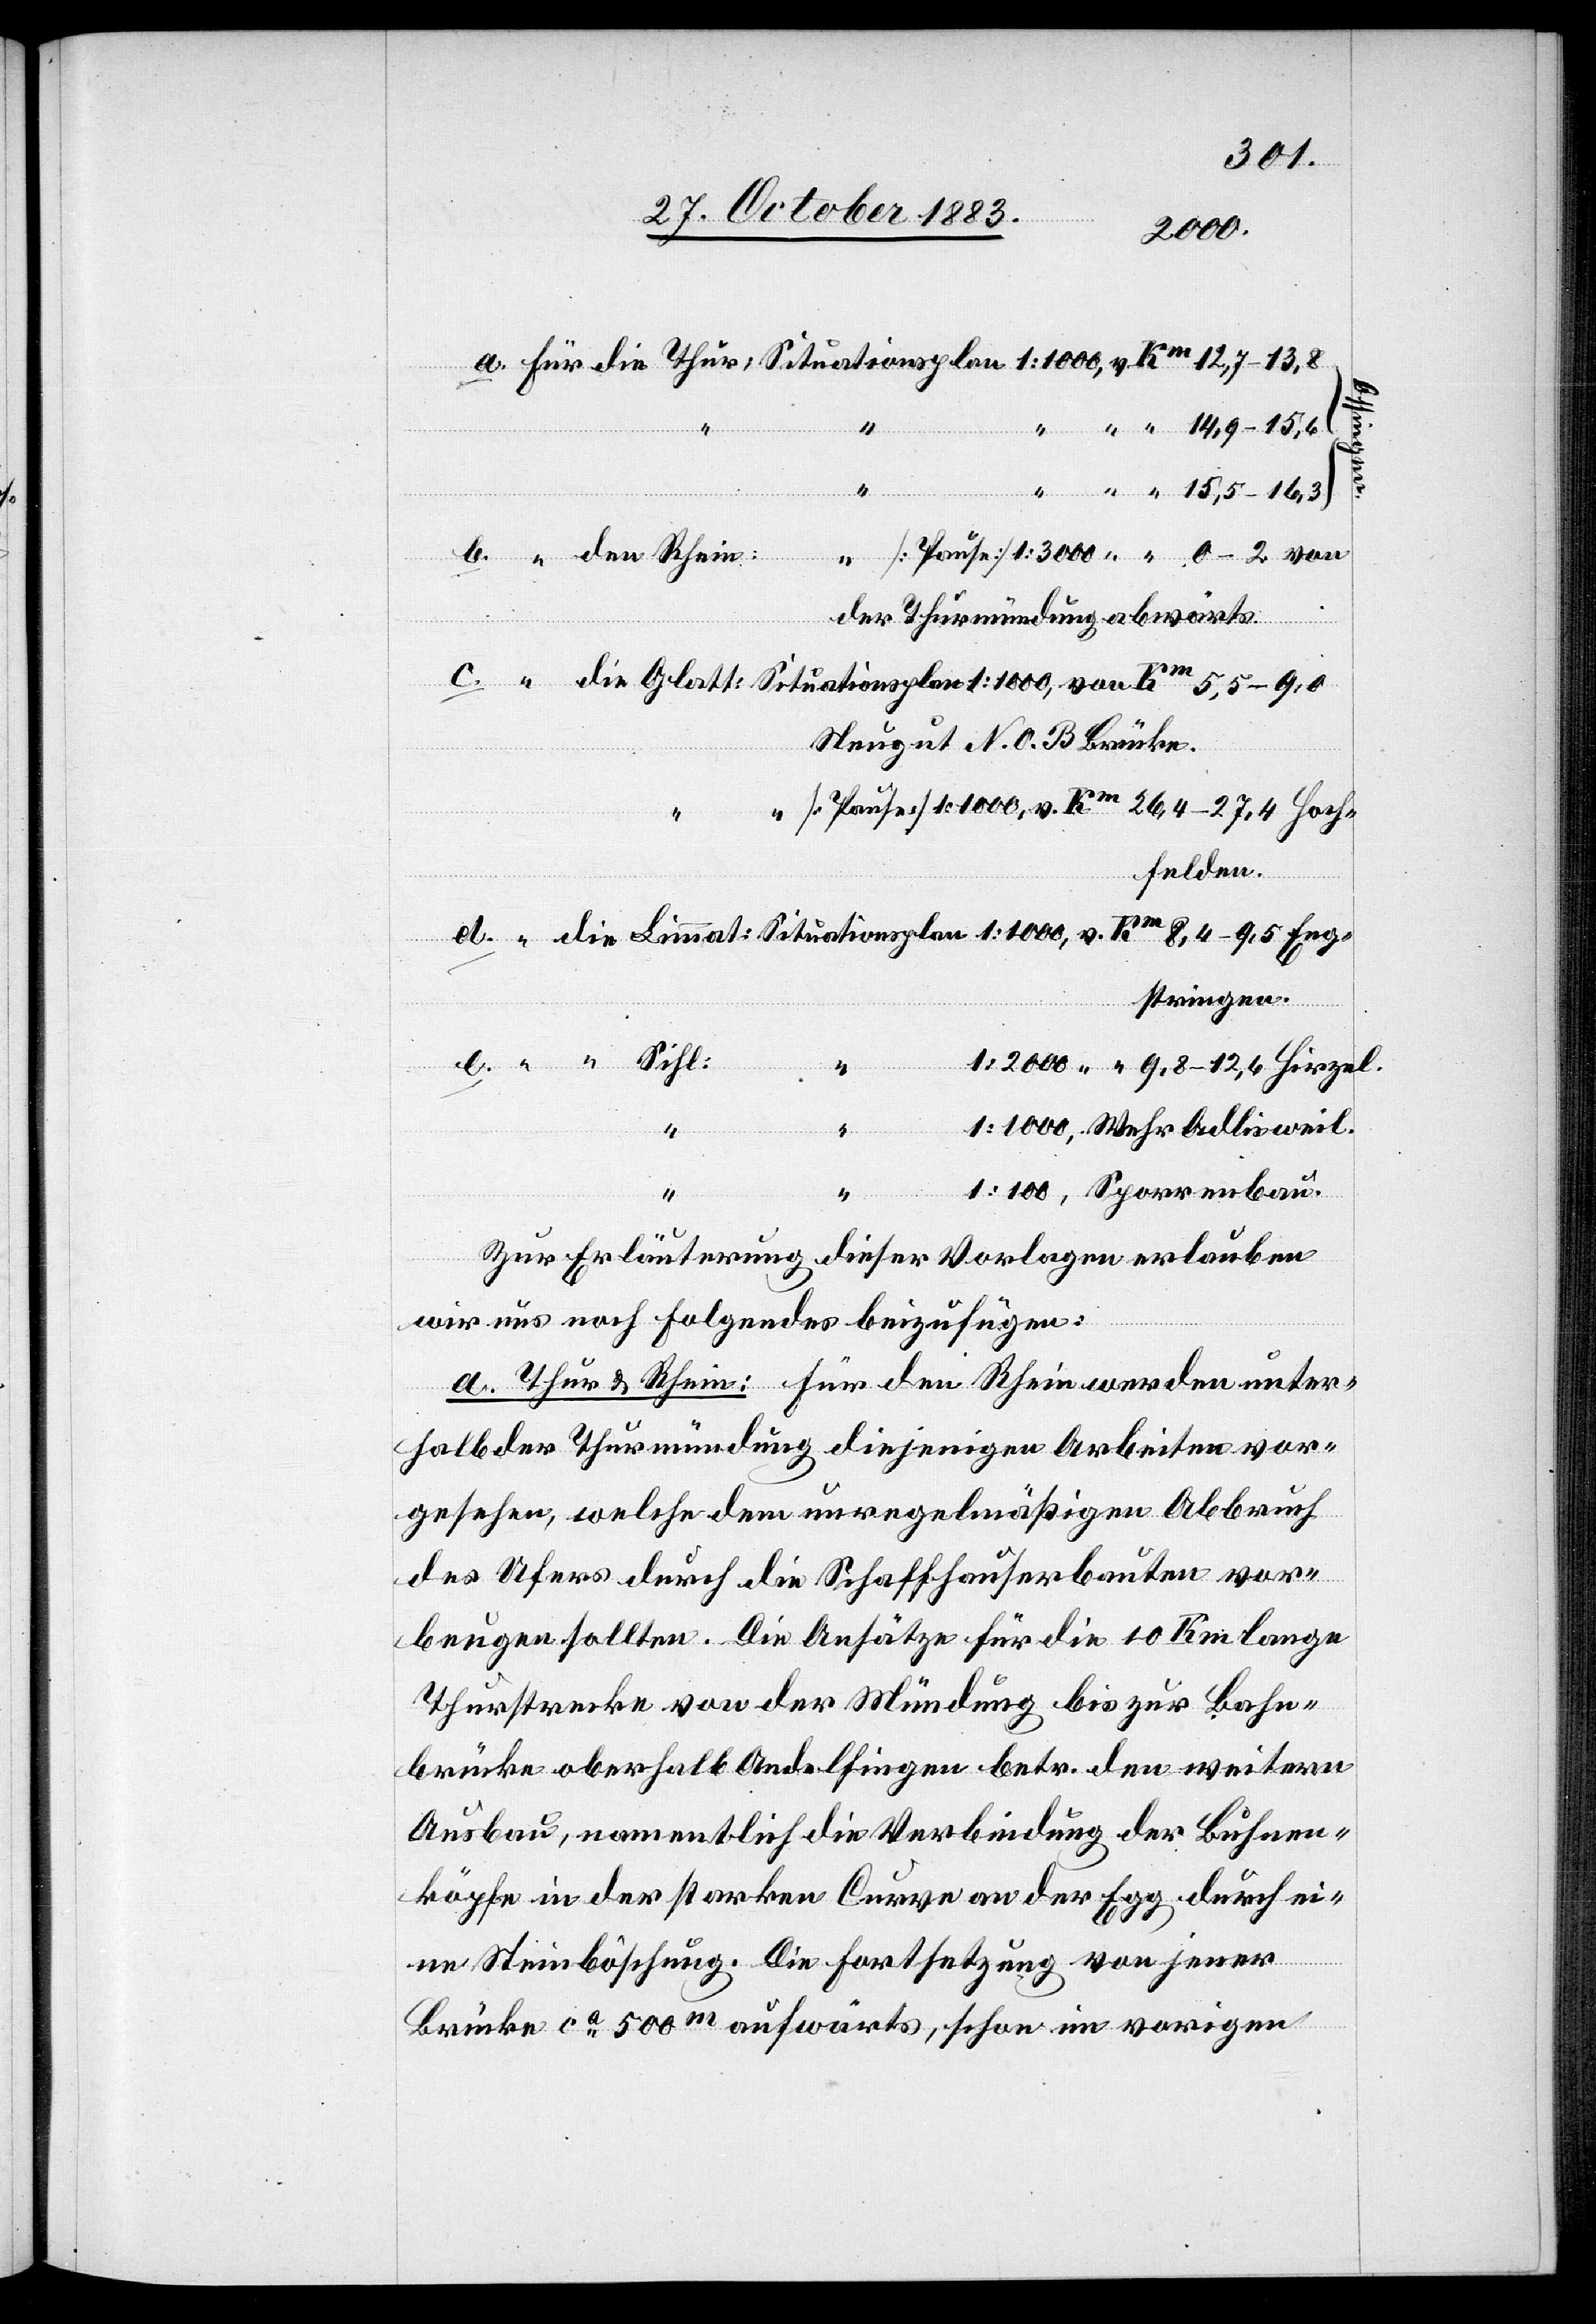
den Rhein:
der Thurmündung abwärts.
Neugut N. O. B. Brücke.
hfelden.
e.
stringen.
v.
“
“
Zur Erläuterung dieser Vorlagen erlauben
wir uns noch Folgendes beizufügen:
a. Thur & Rhein: Für den Rhein werden unter¬
halb der Thurmündung diejenigen Arbeiten vor¬
gesehen, welche dem unregelmäßigen Abbruch
des Ufers durch die Schaffhauserbauten vor¬
beugen sollten. Die Ansätze für die 10 Km lange
Thurstrecke von der Mündung bis zur Bahn¬
brücke oberhalb Andelfingen betr. den weitern
Ausbau, namentlich die Verbindung der Buchnen¬
köpfe in der starken Curve an der Egg durch ei¬
Eng¬
ne Steinböschung. Die Fortsetzung von jener
Brücke ca 500m aufwärts, schon im vorigen